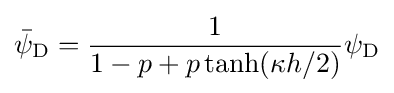
{\bar {\psi }}_{\rm {D}}={\frac {1}{1-p+p\tanh(\kappa h/2)}}\psi _{\rm {D}}